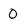
Character: 0